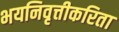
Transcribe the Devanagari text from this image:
भयनिवृत्तीकरिता